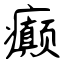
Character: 癫